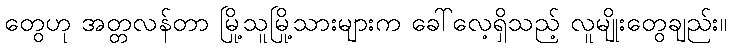
တွေဟု အတ္တလန်တာ မြို့သူမြို့သားများက ခေါ်လေ့ရှိသည့် လူမျိုးတွေချည်း။